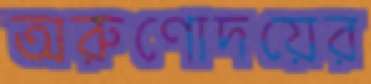
অরুণোদয়ের